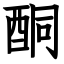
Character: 酮